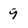
Character: 9